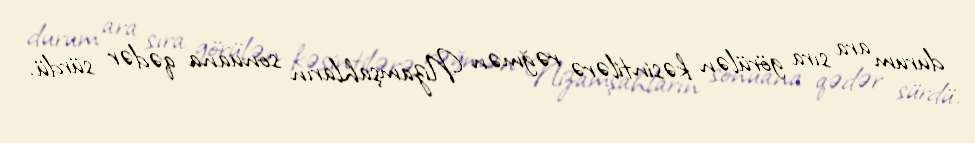
durum ara sıra görülən kəsintilərə rəğmən Nizamşahların sonuana qədər sürdü.